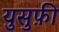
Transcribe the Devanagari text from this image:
युसुफ़ी